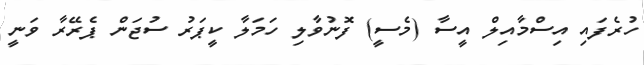
ހުރެފައި އިސްމާއިލް އީސާ (މެސީ) ފޮނުވާލި ހަމަލާ ކީޕަރު ސުޖަން ޕެރޭރާ ވަނީ